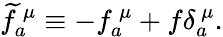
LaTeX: \widetilde{f}_{a}^{~\mu}\equiv-f_{a}^{~\mu}+f\delta_{a}^{~\mu}.